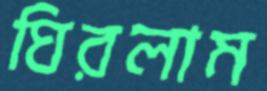
ঘিরলাম